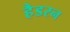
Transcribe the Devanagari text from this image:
हैडरन